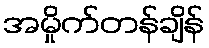
အမှိုက်တန်ချိန်